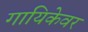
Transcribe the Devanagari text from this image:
गायिकेवर